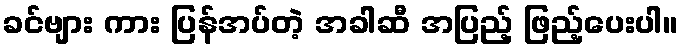
ခင်ဗျား ကား ပြန်အပ်တဲ့ အခါဆီ အပြည့် ဖြည့်ပေးပါ။